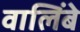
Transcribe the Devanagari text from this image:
वालिंबे